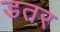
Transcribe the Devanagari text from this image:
डतर